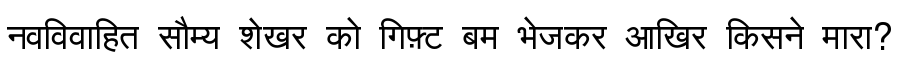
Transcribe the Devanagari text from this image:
नवविवाहित सौम्य शेखर को गिफ़्ट बम भेजकर आखिर किसने मारा?